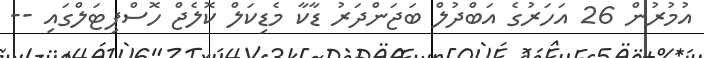
އުމުރުން 26 އަހަރުގެ އަބްދުލް ބަޖަންދަރު ޑާކާ މެޑިކަލް ކޮލެޖް ހޮސްޕިޓަލްގައި --